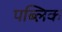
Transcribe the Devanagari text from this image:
पब्‍लिक